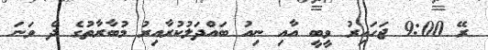
ރޭ 9:00 ޖަހައިރު ވީބީ އާއި ނިއު ބައްދަލުކުރާއިރު މުބާރާތުގެ ދެ ވަނަ